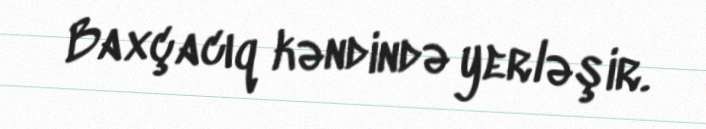
Baxçacıq kəndində yerləşir.